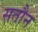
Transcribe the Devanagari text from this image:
सतौन